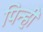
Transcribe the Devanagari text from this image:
पिन्ही